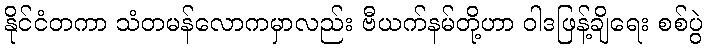
နိုင်ငံတကာ သံတမန်လောကမှာလည်း ဗီယက်နမ်တို့ဟာ ဝါဒဖြန့်ချိရေး စစ်ပွဲ